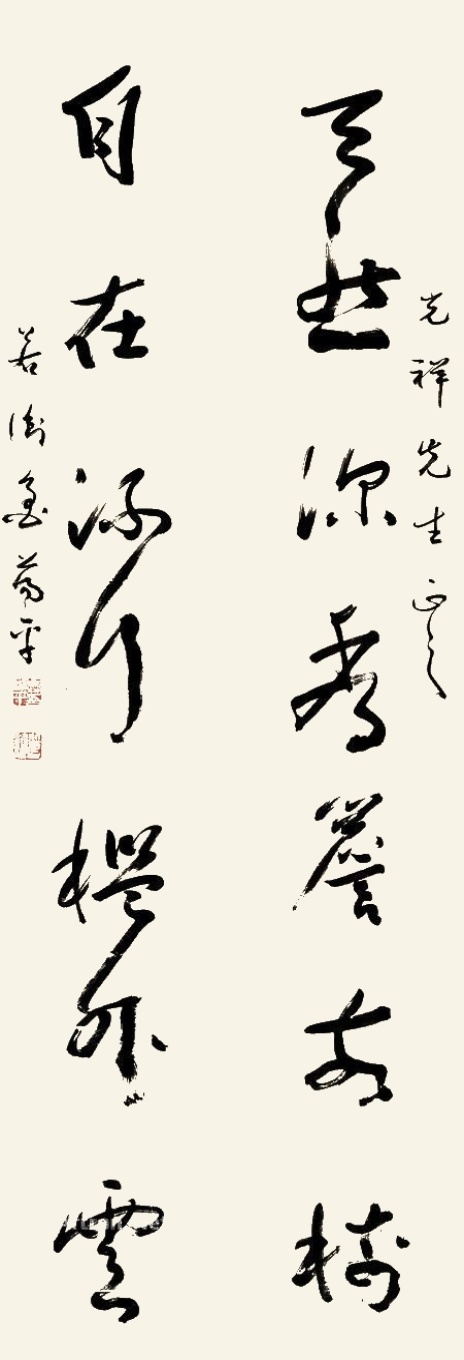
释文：天然深秀檐前树，自在流行槛外云。光祥先生正之，若衡鲁荡平。